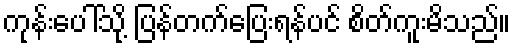
ကုန်းပေါ်သို့ ပြန်တက်ပြေးရန်ပင် စိတ်ကူးမိသည်။